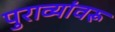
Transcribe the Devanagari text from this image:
पुराव्यांवरू